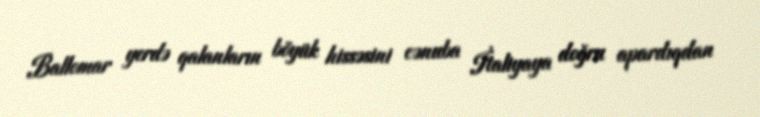
Ballomar yerdə qalanların böyük hissəsini cənuba İtaliyaya doğru apardıqdan